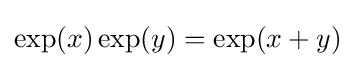
\exp(x)\exp(y)=\exp(x+y)